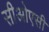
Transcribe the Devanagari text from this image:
सीओएसी